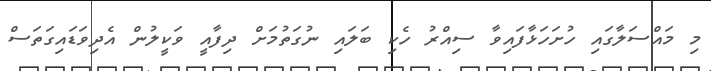
މި މައްސަލާގައި ހުށަހަޅާފައިވާ ސިއްރު ހެކި ބަލައި ނުގަތުމަށް ދިފާއީ ވަކީލުން އެދިވަޑައިގަތަސް